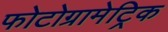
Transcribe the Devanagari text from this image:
फोटोग्रामेट्रिक